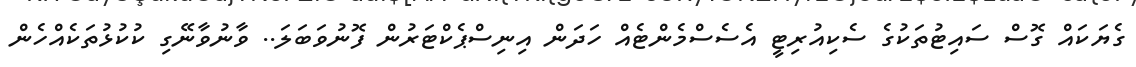
ގެޔަކައް ގޮސް ސައިޓުތަކުގެ ސެކިއުރިޓީ އެސެސްމެންޓެއް ހަދަން އިނިސްޕެކްޓަރުން ފޮނުވަބަލަ.. ވާނުވާނޭގި ކުކުޅުތަކެއްހެން